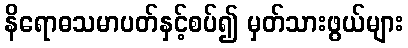
နိရောဓသမာပတ်နှင့်စပ်၍ မှတ်သားဖွယ်များ